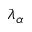
\lambda _ { \alpha }